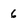
Character: 6